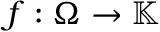
f : \Omega \rightarrow \mathbb { K }